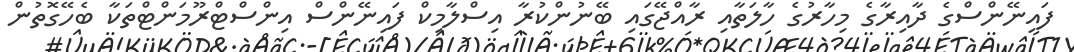
ފައިނޭންސްގެ ދާއިރާގެ މިހާރުގެ ހާލަތާއި ރާއްޖޭގައި ބޭނުންކުރާ އިސްލާމިކް ފައިނޭންސް އިންސްޓްރޫމަންޓްތަކާ ބެހޭގޮތުން